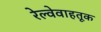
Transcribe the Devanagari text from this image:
रेल्वेवाहतूक